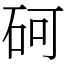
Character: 砢